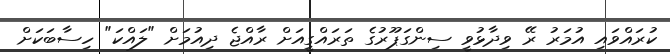
ކުރައްވައި އުމަރު ރޭ ވިދާޅުވީ ސިންގަޕޫރުގެ ތަރައްގީއަށް ރާއްޖެ ދިއުމަށް "ލައްކަ" ހިސާބަކަށް